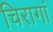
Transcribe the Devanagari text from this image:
चिरागां